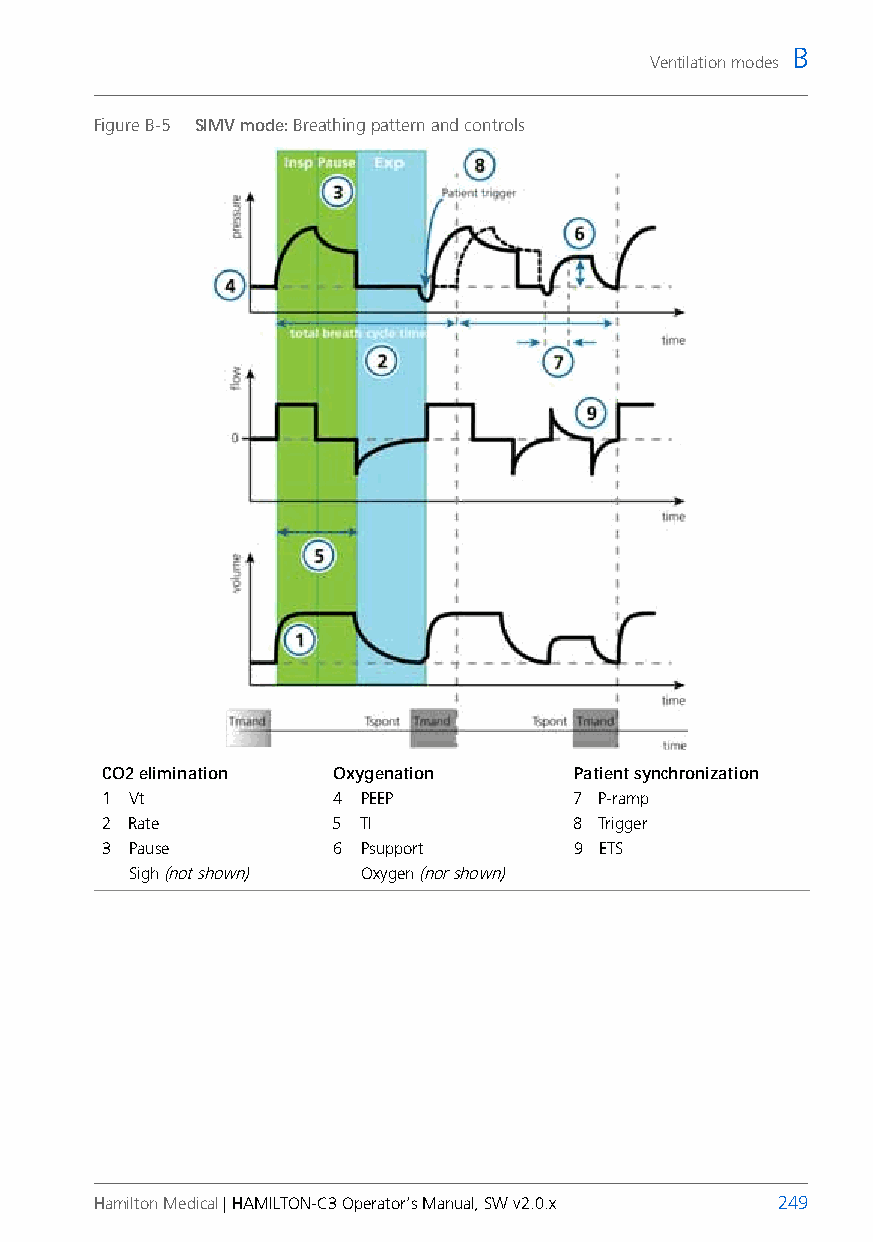
B
 Ventilation modes
 Figure B-5 SIMV mode: Breathing pattern and controls
 CO2 elimination Oxygenation    Patient synchronization
 1 Vt           4 PEEP          7 P-ramp
 2 Rate         5 TI            8 Trigger
 3 Pause        6 Psupport      9 ETS
 Sigh (not shown) Oxygen (nor shown)
 Hamilton Medical | HAMILTON-C3 Operator’s Manual, SW v2.0.x 249